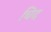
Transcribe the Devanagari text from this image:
चिद